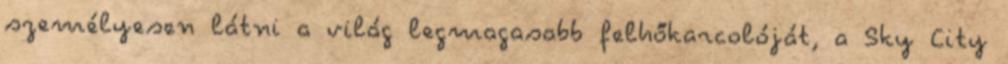
személyesen látni a világ legmagasabb felhőkarcolóját, a Sky City